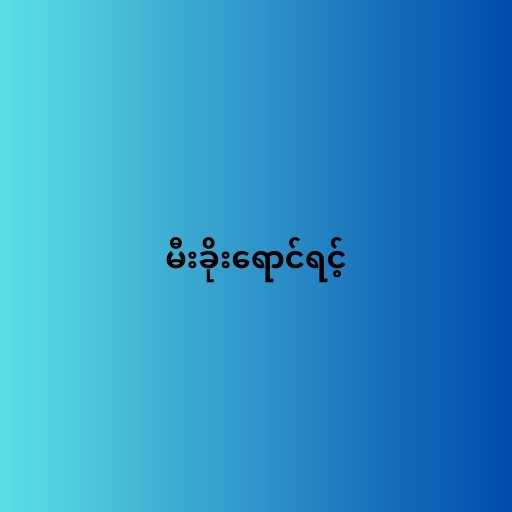
မီးခိုးရောင်ရင့်